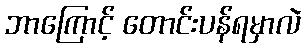
ဘာကြောင့် တောင်းပန်ရမှာလဲ